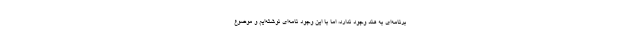
برنامه‌ای به هند وجود ندارد، اما با این وجود نامه‌ای نوشته‌ایم و موضوع